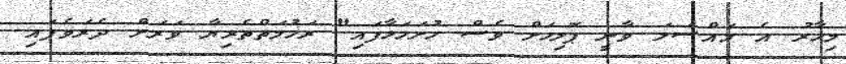
މިހާރު އެ މައްސަލަ ވާނީ ޕޮލިހަށް ވެސް ހުށަހަޅާފައި" ރަހުމަތްތެރިޔާ ވަރަށް ދެރަވެފައި